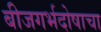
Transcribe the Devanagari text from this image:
बीजगर्भदोषाचा